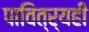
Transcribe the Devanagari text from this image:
पावित्र्यही